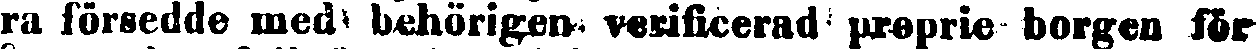
ra försedde med behörigen verificerad proprie borgen för